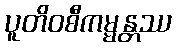
ပူတိဝစီကမ္မန္တဿ